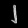
Digit: ၂